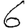
Digit: 6